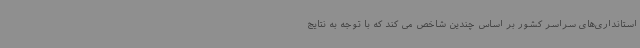
استانداری‌های سراسر کشور بر اساس چندین شاخص می کند که با توجه به نتایج